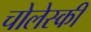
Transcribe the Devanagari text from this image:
चोलेस्की